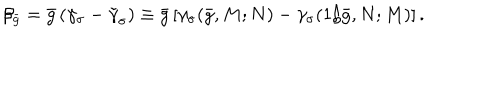
\beta _ { \bar { g } } = \bar { g } \left( \gamma _ { \sigma } - \tilde { \gamma } _ { \sigma } \right) \equiv \bar { g } \left[ \gamma _ { \sigma } ( \bar { g } , M ; N ) - \gamma _ { \sigma } ( 1 / \bar { g } , N ; M ) \right] .